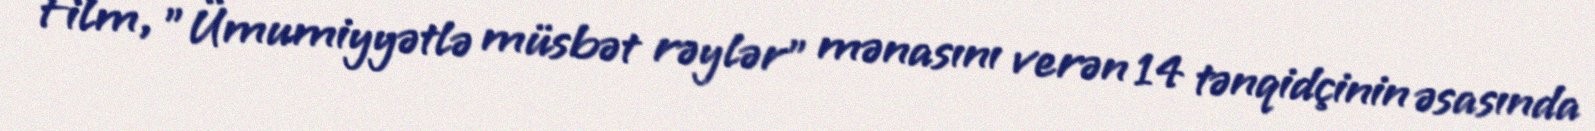
Film, "Ümumiyyətlə müsbət rəylər" mənasını verən 14 tənqidçinin əsasında